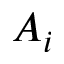
A _ { i }